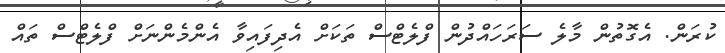
ކުރަން. އެގޮތުން މާލެ ސަރަހައްދުން ފްލެޓްސް ތަަކަށް އެދިފައިވާ އެންމެންނަށް ފްލެޓްސް ތައް